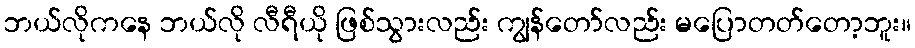
ဘယ်လိုကနေ ဘယ်လို လီရီယို ဖြစ်သွားလည်း ကျွန်တော်လည်း မပြောတတ်တော့ဘူး။